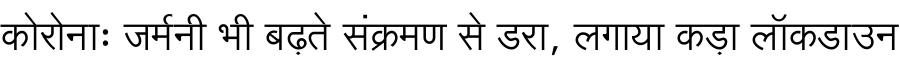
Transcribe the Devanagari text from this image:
कोरोनाः जर्मनी भी बढ़ते संक्रमण से डरा, लगाया कड़ा लॉकडाउन